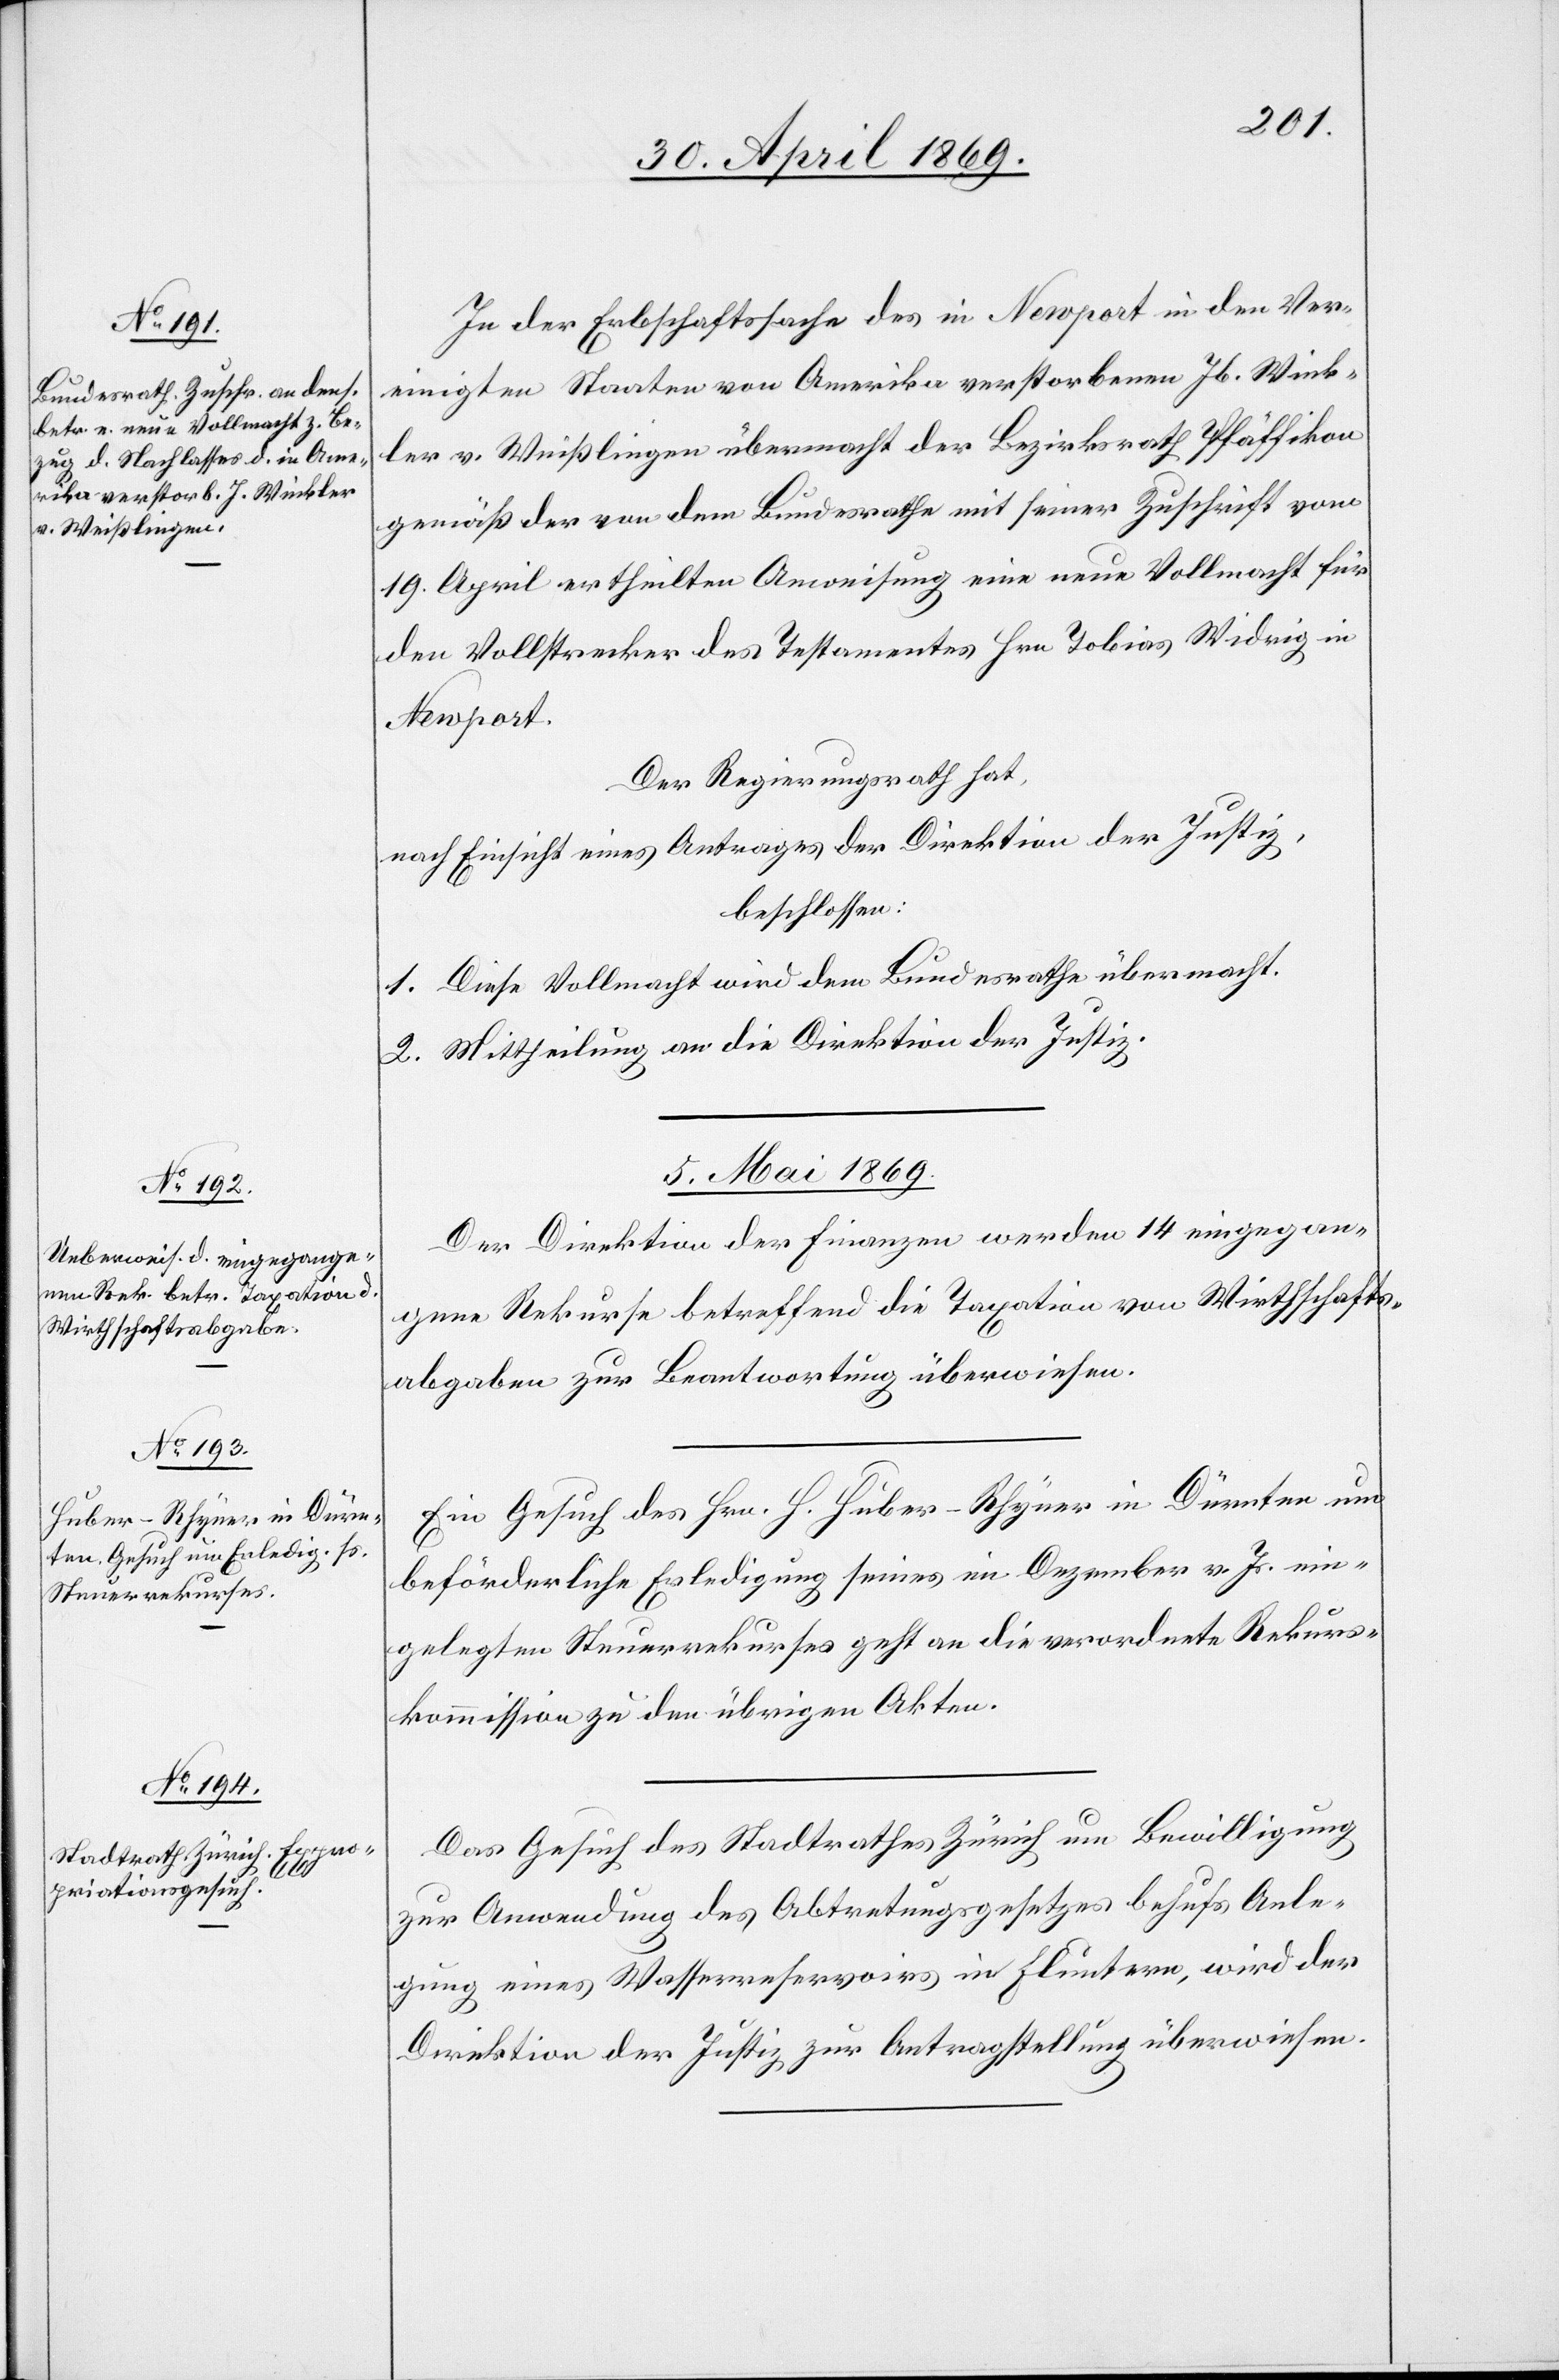
In der Erbschaftssache des in Newport in den Ver¬
einigten Staaten von Amerika verstorbenen Jb. Wink¬
ler v. Weißlingen übermacht der Bezirksrath Pfäffikon
gemäß der von dem Bundesrathe mit seiner Zuschrift vom
19. April ertheilten Anweisung eine neue Vollmacht für
den Vollstrecker des Testamentes Hrn. Tobias Widrig in
Newport.
Der Regierungsrath hat,
nach Einsicht eines Antrages der Direktion der Justiz,
beschlossen:
1. Diese Vollmacht wird dem Bundesrathe übermacht.
2. Mittheilung an die Direktion der Justiz.
5. Mai 1869.]
Der Direktion der Finanzen werden 14 eingegan¬
gene Rekurse betreffend die Taxation von Wirthschafts¬
abgaben zur Beantwortung überwiesen.
Ein Gesuch des Hrn. H. Huber-Rhyner in Dürnten um
beförderliche Erledigung seines im Dezember v. Js. ein¬
gelegten Steuerrekurses geht an die verordnete Rekurs¬
kommission zu den übrigen Akten.
Das Gesuch des Stadtrathes Zürich um Bewilligung
zur Anwendung des Abtretungsgesetzes behufs Anle¬
gung eines Wasserreservoirs in Fluntern, wird der
Direktion der Justiz zur Antragstellung überwiesen.